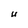
Character: U